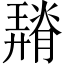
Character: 𦡠